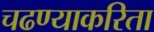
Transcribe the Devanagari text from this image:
चढण्याकरिता